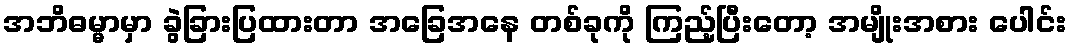
အဘိဓမ္မာမှာ ခွဲခြားပြထားတာ အခြေအနေ တစ်ခုကို ကြည့်ပြီးတော့ အမျိုးအစား ပေါင်း